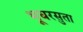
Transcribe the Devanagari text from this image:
भूधरसुता